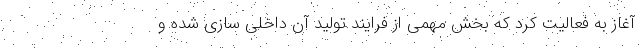
آغاز به فعالیت کرد که بخش مهمی از فرایند تولید آن داخلی سازی شده و